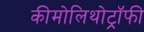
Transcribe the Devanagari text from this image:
कीमोलिथोट्रॉफी